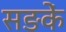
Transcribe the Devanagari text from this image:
सङकें